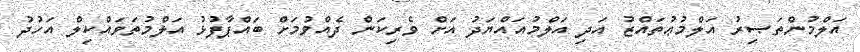
އަލްމުންތަޞިރު އަލްމުޢުތައްޒު އަދި އަލްމުއައްޔަދު އަށް ވެރިކަން ދެއްވުމަށް ބައްޕާފުޅު އަލްމުތަވައްކިލް އަހުދު